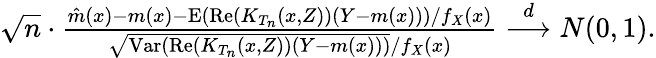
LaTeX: \begin{array}{r}{\sqrt{n}\cdot\frac{\hat{m}(x)-m(x)-\mathrm{E}(\mathrm{Re}(K_{T_{n}}(x,Z))(Y-m(x)))/f_{X}(x)}{\sqrt{\mathrm{Var}(\mathrm{Re}(K_{T_{n}}(x,Z))(Y-m(x)))}/f_{X}(x)}\overset{d}{\longrightarrow}N(0,1).}\end{array}